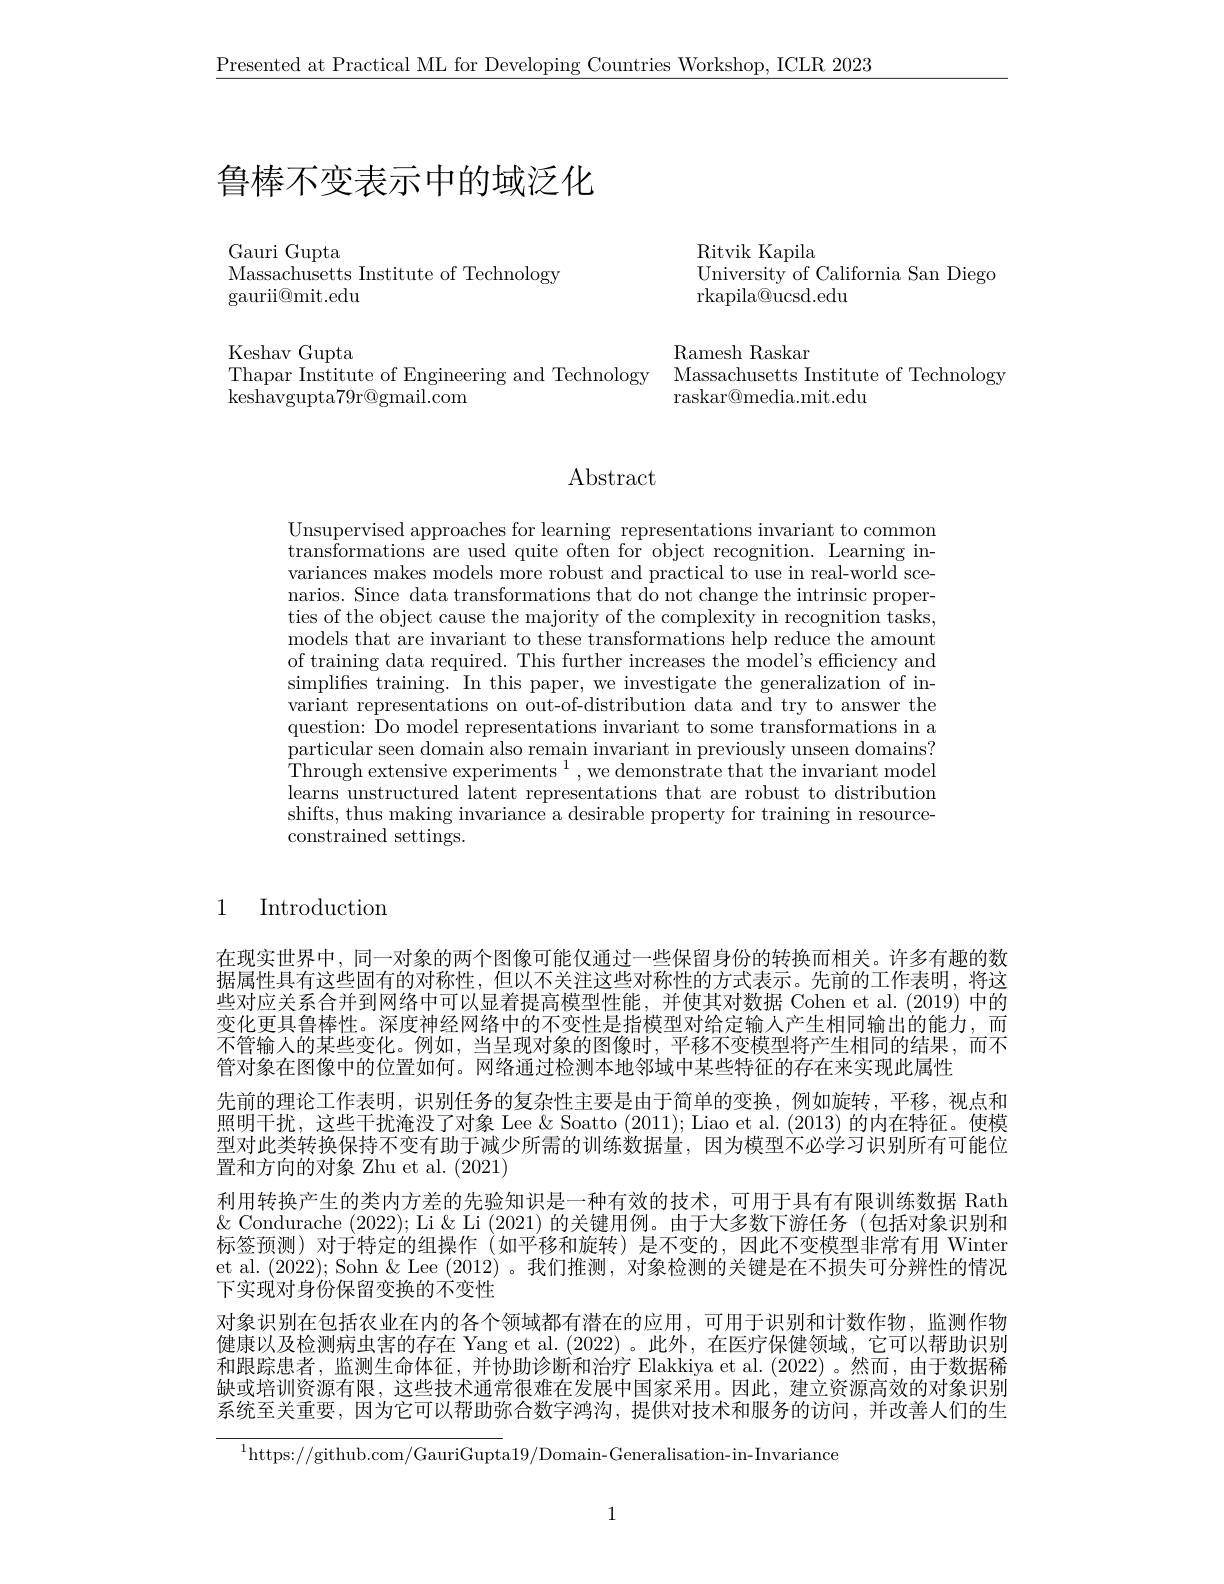
$\underline{\text{Presented at Practical ML for Developing Countries Workshop, ICLR 2023}}$

# 鲁棒不变表示中的域泛化

Gauri Gupta
Massachusetts Institute of Technology
gaurii@mit.edu

Keshav Gupta
Thapar Institute of Engineering and Technology
$\bar{\text{keshavgupta}79\text{r@gmail.com}}$

Ritvik Kapila
$\mathop{\text{University of California San Diego}}$
rkapila@ucsd.edu

Ramesh Raskar
Massachusetts Institute of Technology
raskar@media.mit.edu

Abstract

Unsupervised approaches for learning representations invariant to common transformations are used quite often for object recognition. Learning invariances makes models more robust and practical to use in real-world scenarios. Since data transformations that do not change the intrinsic properties of the object cause the majority of the complexity in recognition tasks, models that are invariant to these transformations help reduce the amount of training data required. This further increases the model's efficiency and simplifies training. In this paper, we investigate the generalization of invariant representations on out-of-distribution data and try to answer the question: Do model representations invariant to some transformations in a $\dot{\text{particular seen domain also remain invariant in previously unseen domains?}}$ $\dot{\text{Through extensive experiments }}^{1}$,we demonstrate that the invariant model learns unstructured latent representations that are robust to distribution shifts, thus making invariance a desirable property for training in resourceconstrained settings.

# 1 Introduction

在现实世界中，同一对象的两个图像可能仅通过一些保留身份的转换而相关。许多有趣的数据属性具有这些固有的对称性，但以不关注这些对称性的方式表示。先前的工作表明，将这些对应关系合并到网络中可以显着提高模型性能，并使其对数据 Cohen et al.(2019) 中的变化更具鲁棒性。深度神经网络中的不变性是指模型对给定输人产生相同输出的能力，而不管输人的某些变化。例如，当呈现对象的图像时，平移不变模型将产生相同的结果，而不管对象在图像中的位置如何。网络通过检测本地邻域中某些特征的存在来实现此属性
先前的理论工作表明，识别任务的复杂性主要是由于简单的变换，例如旋转，平移，视点和照明干扰，这些干扰淹没了对象 Lee & Soatto (2011); Liao et al. (2013)的内在特征。使模型对此类转换保持不变有助于减少所需的训练数据量，因为模型不必学习识别所有可能位置和方向的对象 Zhu et al. (2021)
利用转换产生的类内方差的先验知识是一种有效的技术，可用于具有有限训练数据 Rath $\&$ Condurache (2022); Li &Li & Li (2021) 的关键用例。由于大多数下游任务 (包括对象识别和标签预测)对于特定的组操作(如平移和旋转)是不变的，因此不变模型非常有用 Winter et al. (2022); Sohn &Lee (2012)。我们推测，对象检测的关键是在不损失可分辨性的情况下实现对身份保留变换的不变性
对象识别在包括农业在内的各个领域都有潜在的应用，可用于识别和计数作物，监测作物健康以及检测病虫害的存在 Yang et al.(2022)。此外，在医疗保健领域，它可以帮助识别和跟踪患者，监测生命体征，并协助诊断和治疗 Elakkiya et al.(2022)。然而，由于数据稀缺或培训资源有限，这些技术通常很难在发展中国家采用。因此，建立资源高效的对象识别系统至关重要，因为它可以帮助弥合数字鸿沟，提供对技术和服务的访问，并改善人们的生

$^{1}$https://github.com/GauriGupta19/Domain-Generalisation-in-Invariance

1